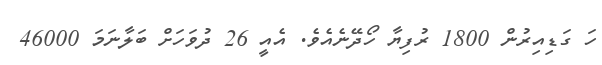
ހަ ގަޑިއިރުން 1800 ރުފިޔާ ހޯދޭނެއެވެ. އެއީ 26 ދުވަހަށް ބަލާނަމަ 46000